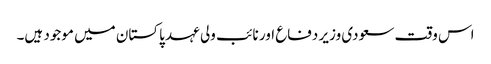
اس وقت سعودی وزیر دفاع اور نائب ولی عہد پاکستان میں موجود ہیں۔